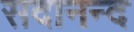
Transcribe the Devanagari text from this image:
सदानन्‍द